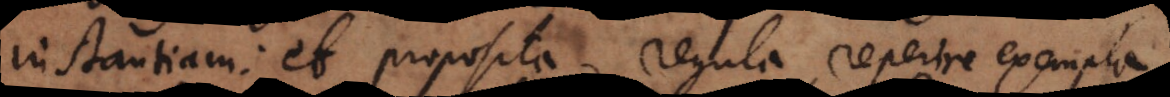
instantiam: et proposita regula reperire exempla